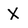
Character: X